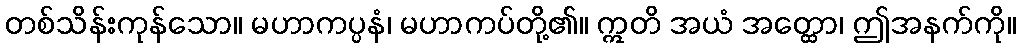
တစ်သိန်းကုန်သော။ မဟာကပ္ပနံ၊ မဟာကပ်တို့၏။ ဣတိ အယံ အတ္ထော၊ ဤအနက်ကို။